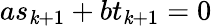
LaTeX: as_{\mathit{k}+1}+bt_{\mathit{k}+1}=0